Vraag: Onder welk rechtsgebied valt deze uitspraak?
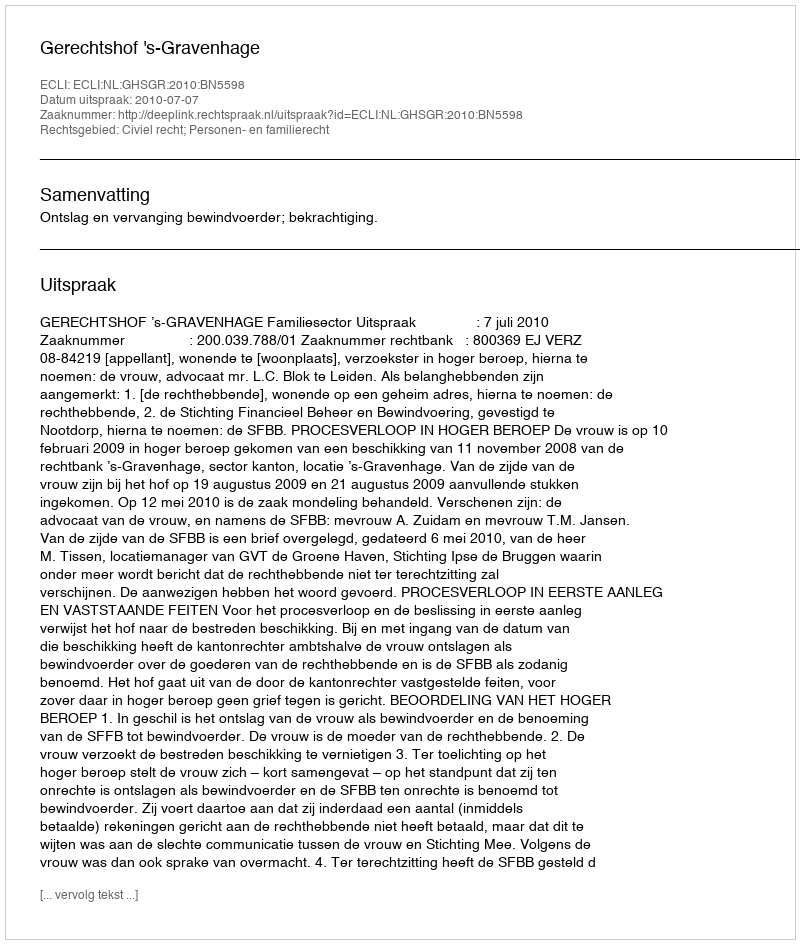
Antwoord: Civiel recht; Personen- en familierecht